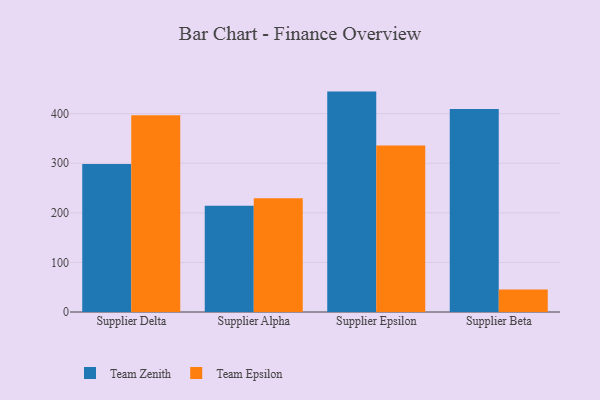
{"axis": {"x": "Supplier", "y": "Churn Rate (%)"}, "legend": ["Team Epsilon", "Team Zenith"], "data": [{"x": "Supplier Delta", "y": 298.7, "type": "Team Zenith"}, {"x": "Supplier Delta", "y": 396.8, "type": "Team Epsilon"}, {"x": "Supplier Alpha", "y": 214.1, "type": "Team Zenith"}, {"x": "Supplier Alpha", "y": 229.3, "type": "Team Epsilon"}, {"x": "Supplier Epsilon", "y": 444.5, "type": "Team Zenith"}, {"x": "Supplier Epsilon", "y": 335.8, "type": "Team Epsilon"}, {"x": "Supplier Beta", "y": 409.6, "type": "Team Zenith"}, {"x": "Supplier Beta", "y": 45.3, "type": "Team Epsilon"}]}